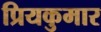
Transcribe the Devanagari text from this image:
प्रियकुमार